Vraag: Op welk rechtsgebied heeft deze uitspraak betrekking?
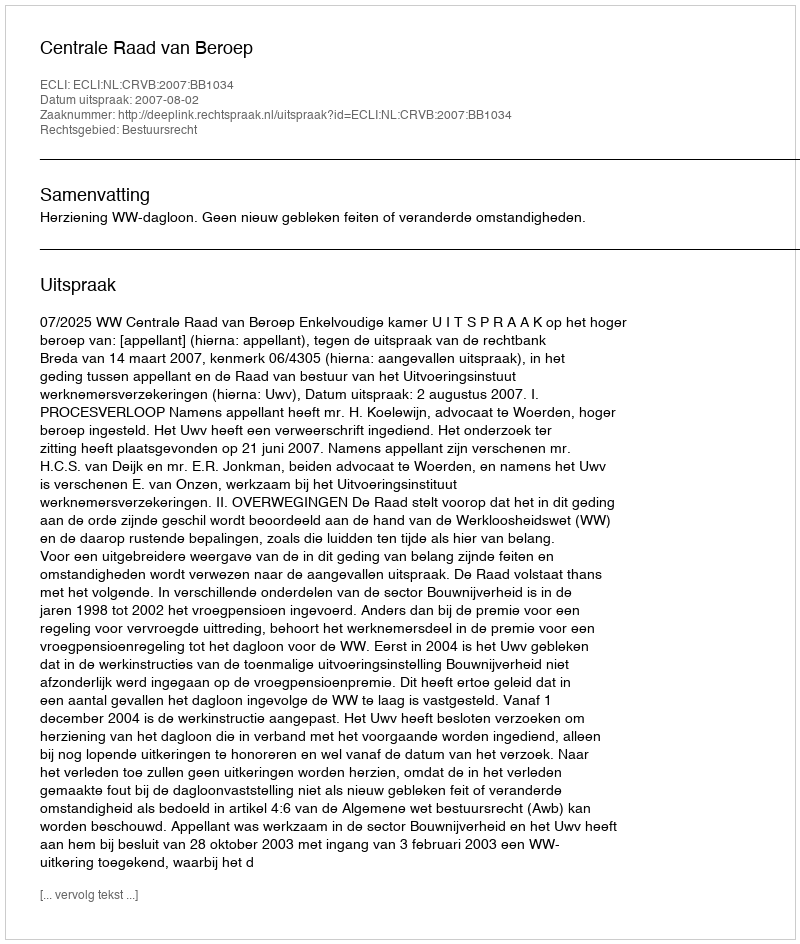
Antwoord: Bestuursrecht